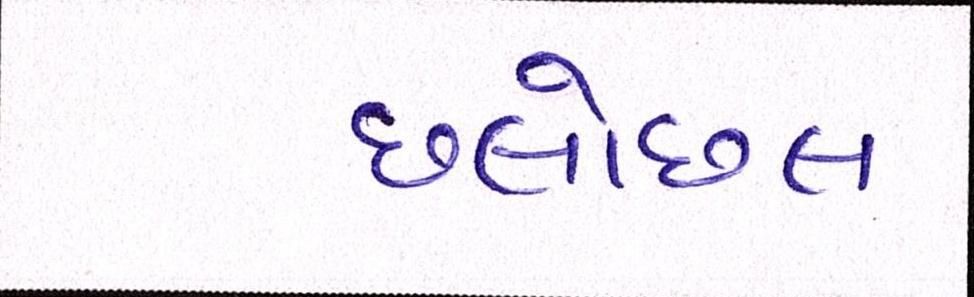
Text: છલોછલ